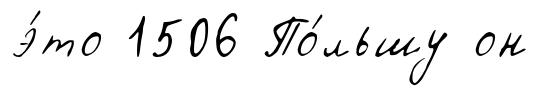
э́то 1506 По́льшу он